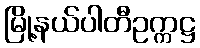
မြို့နယ်ပါတီဥက္ကဋ္ဌ